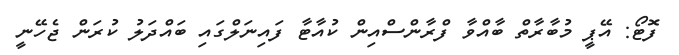
ފޮޓޯ: އޭޕީ މުބާރާތް ބާއްވާ ފްރާންސްއިން ކުއާޓާ ފައިނަލްގައި ބައްދަލު ކުރަން ޖެހޭނީ